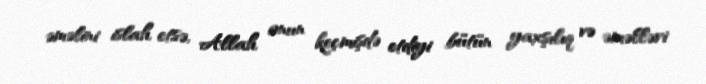
əməlini islah etsə, Allah onun keçmişdə etdiyi bütün yaxşılıq və əməlləri